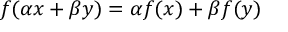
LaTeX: f ( \alpha x + \beta y ) = \alpha f ( x ) + \beta f ( y )